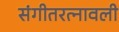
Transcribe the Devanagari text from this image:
संगीतरत्नावली